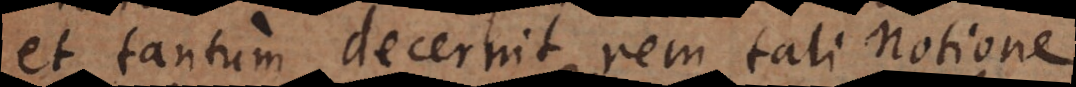
et tantum decernit rem tali notione